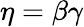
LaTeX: \eta=\beta\gamma